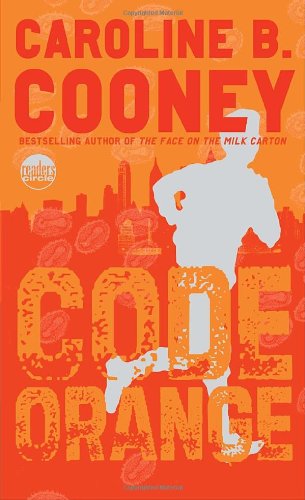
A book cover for Code Orange (Readers Circle); Caroline B. Cooney; Teen & Young Adult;